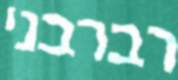
רברבני